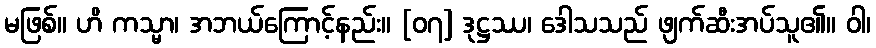
မဖြစ်။ ဟိ ကသ္မာ၊ အဘယ်ကြောင့်နည်း။ [၀၇] ဒုဋ္ဌဿ၊ ဒေါသသည် ဖျက်ဆီးအပ်သူ၏။ ဝါ၊